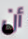
أن